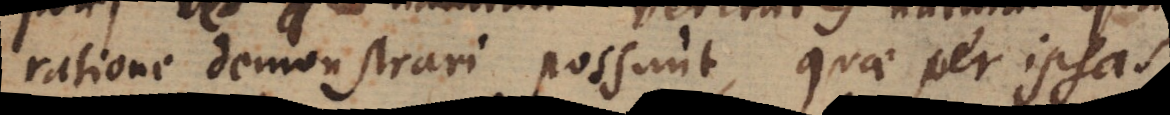
ratione demonstrari possunt, quae per ipsas